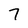
Character: 7